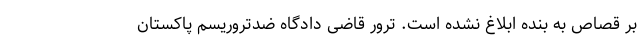
بر قصاص به بنده ابلاغ نشده است. ترور قاضی دادگاه ضدتروریسم پاکستان